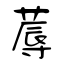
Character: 蓐